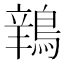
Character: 𫛅